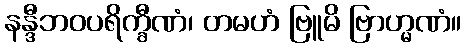
နန္ဒီဘဝပရိက္ခီဏံ၊ တမဟံ ဗြူမိ ဗြာဟ္မဏံ။